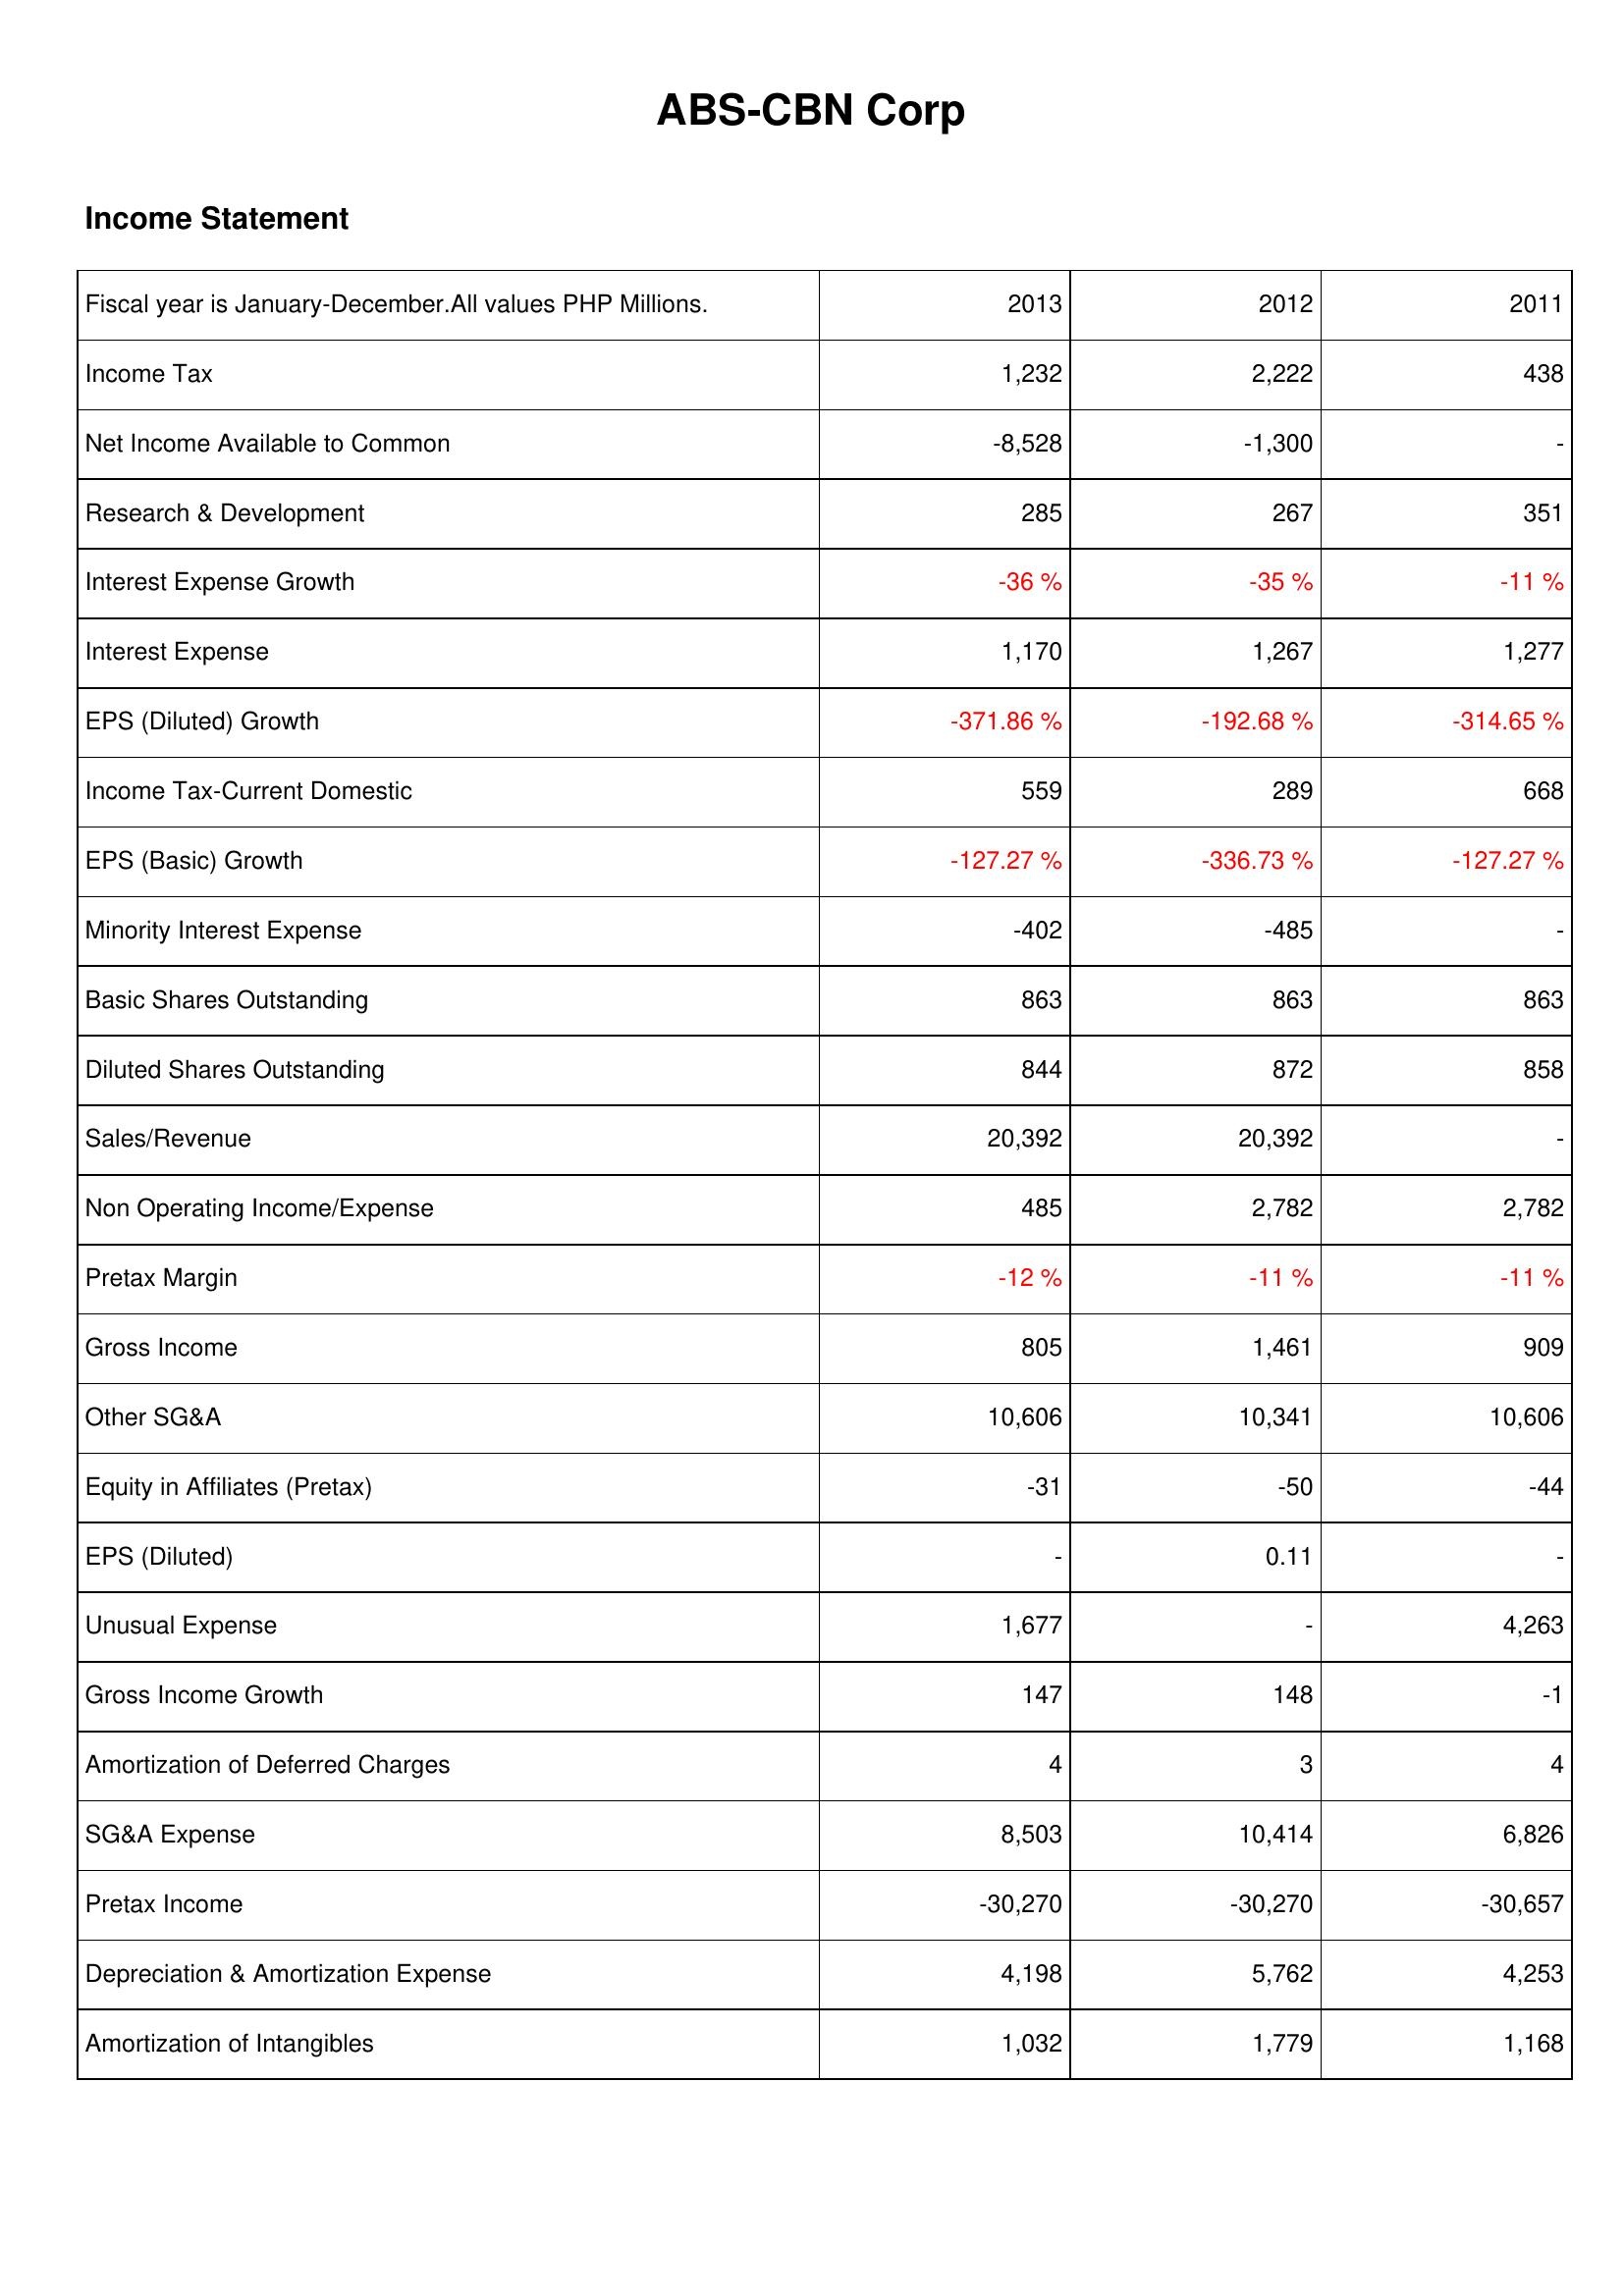
2013: Income Statement: Income Tax: 1,232
Net Income Available to Common: -8,528
Research & Development: 285
Interest Expense Growth: -36 %
Interest Expense: 1,170
EPS (Diluted) Growth: -371.86 %
Income Tax-Current Domestic: 559
EPS (Basic) Growth: -127.27 %
Minority Interest Expense: -402
Basic Shares Outstanding: 863
Diluted Shares Outstanding: 844
Sales/Revenue: 20,392
Non Operating Income/Expense: 485
Pretax Margin: -12 %
Gross Income: 805
Other SG&A: 10,606
Equity in Affiliates (Pretax): -31
EPS (Diluted): -
Unusual Expense: 1,677
Gross Income Growth: 147
Amortization of Deferred Charges: 4
SG&A Expense: 8,503
Pretax Income: -30,270
Depreciation & Amortization Expense: 4,198
Amortization of Intangibles: 1,032
2012: Income Statement: Income Tax: 2,222
Net Income Available to Common: -1,300
Research & Development: 267
Interest Expense Growth: -35 %
Interest Expense: 1,267
EPS (Diluted) Growth: -192.68 %
Income Tax-Current Domestic: 289
EPS (Basic) Growth: -336.73 %
Minority Interest Expense: -485
Basic Shares Outstanding: 863
Diluted Shares Outstanding: 872
Sales/Revenue: 20,392
Non Operating Income/Expense: 2,782
Pretax Margin: -11 %
Gross Income: 1,461
Other SG&A: 10,341
Equity in Affiliates (Pretax): -50
EPS (Diluted): 0.11
Unusual Expense: -
Gross Income Growth: 148
Amortization of Deferred Charges: 3
SG&A Expense: 10,414
Pretax Income: -30,270
Depreciation & Amortization Expense: 5,762
Amortization of Intangibles: 1,779
2011: Income Statement: Income Tax: 438
Net Income Available to Common: -
Research & Development: 351
Interest Expense Growth: -11 %
Interest Expense: 1,277
EPS (Diluted) Growth: -314.65 %
Income Tax-Current Domestic: 668
EPS (Basic) Growth: -127.27 %
Minority Interest Expense: -
Basic Shares Outstanding: 863
Diluted Shares Outstanding: 858
Sales/Revenue: -
Non Operating Income/Expense: 2,782
Pretax Margin: -11 %
Gross Income: 909
Other SG&A: 10,606
Equity in Affiliates (Pretax): -44
EPS (Diluted): -
Unusual Expense: 4,263
Gross Income Growth: -1
Amortization of Deferred Charges: 4
SG&A Expense: 6,826
Pretax Income: -30,657
Depreciation & Amortization Expense: 4,253
Amortization of Intangibles: 1,168